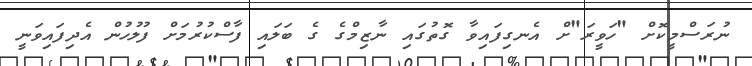
ނުރަސްމީކޮށް "ހަވީރަ"ށް އެނގިފައިވާ ގޮތުގައި ނާޒިމްގެ ގެ ބަލައި ފާސްކުރުމަށް ފުލުހުން އެދިފައިވަނީ